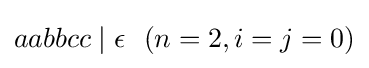
aabbcc\mid \epsilon \ \ (n=2,i=j=0)